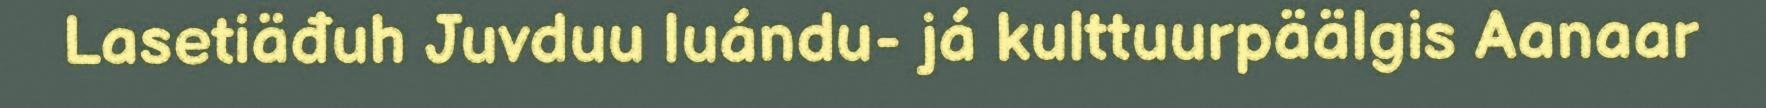
Lasetiäđuh Juvduu luándu- já kulttuurpäälgis Aanaar